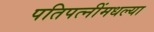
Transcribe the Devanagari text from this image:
पतिपत्‍नींमधल्या